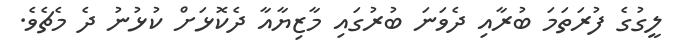
ލީގުގެ ފުރަތަމަ ބުރާއި ދެވަނަ ބުރުގައި މާޒިޔާއާ ދެކޮޅަށް ކުޅުނު ދެ މެޗެވެ.